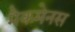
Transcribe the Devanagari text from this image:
मैकमेनस